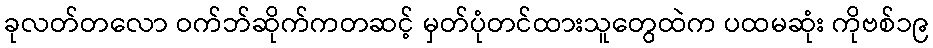
ခုလတ်တလော ဝက်ဘ်ဆိုက်ကတဆင့် မှတ်ပုံတင်ထားသူတွေထဲက ပထမဆုံး ကိုဗစ်၁၉